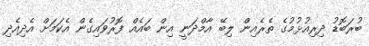
ބުރަބޮޑު ދިރިއުޅުމުގެ ތެރެއިން ލިބޭ އާމްދަނީ އިން ބައެއް ފޮރުވައިގެން އެކަމަށް އެދިއެދި